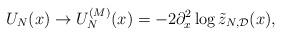
LaTeX: \begin{align*}U_N(x)\to U_N^{(M)}(x)=-2\partial_x^2\log\tilde{z}_{N,\mathcal{D}}(x), \end{align*}